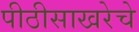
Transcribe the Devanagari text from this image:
पीठीसाखरेचे